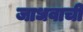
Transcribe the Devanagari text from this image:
जाधवाची